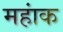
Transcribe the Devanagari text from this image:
महांक